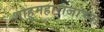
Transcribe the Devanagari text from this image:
शाहुमहाराजांच्या